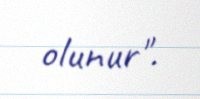
olunur".